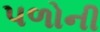
પળોની